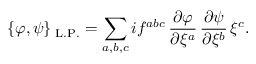
\{ \varphi , \psi \} _ { \mathrm { \tiny \mathrm { ~ L . P . } } } = \sum _ { a , b , c } i f ^ { a b c } \, \frac { \partial \varphi } { \partial \xi ^ { a } } \, \frac { \partial \psi } { \partial \xi ^ { b } } \, \xi ^ { c } .